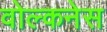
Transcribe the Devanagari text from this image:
वोल्कनेस